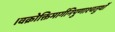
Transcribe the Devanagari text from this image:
।वक्रोक्तिमार्गनिपुणाश्चतुर्थों